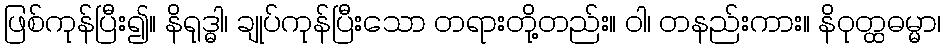
ဖြစ်ကုန်ပြီး၍။ နိရုဒ္ဓါ၊ ချုပ်ကုန်ပြီးသော တရားတို့တည်း။ ဝါ၊ တနည်းကား။ နိဝုတ္ထဓမ္မာ၊